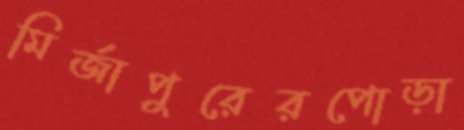
মির্জাপুরেরপোড়া